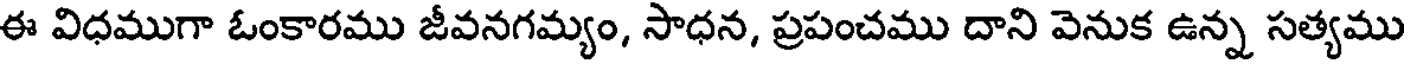
ఈ విధముగా ఓంకారము జీవనగమ్యం, సాధన, ప్రపంచము దాని వెనుక ఉన్న సత్యము